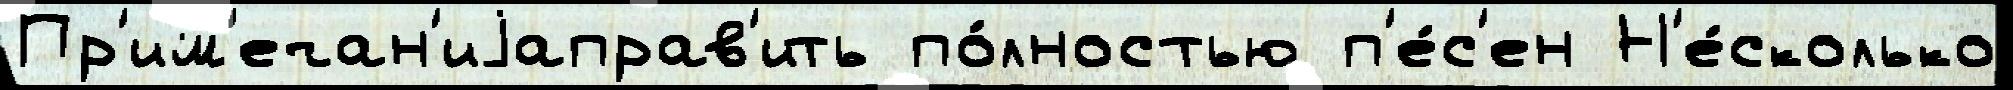
Пр'им'ечан'иjаправ'ить по́лностью п'е́с'ен Н'е́сколько